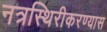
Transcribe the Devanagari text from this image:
नत्रस्थिरीकरण्यास